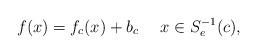
LaTeX: \begin{align*}f(x)=f_c(x)+b_c\quad\ x\in S_e^{-1}(c),\end{align*}